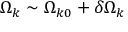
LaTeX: \Omega _ { k } \sim \Omega _ { k 0 } + \delta \Omega _ { k }